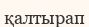
қалтырап